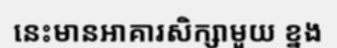
នេះមានអាគារសិក្សាមួយ ខ្នង